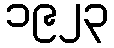
၁၉၂၃